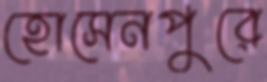
হোসেনপুরে